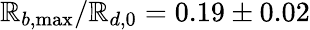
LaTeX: \mathbb{R}_{b,\operatorname*{max}}/\mathbb{R}_{d,0}=0.19\pm0.02